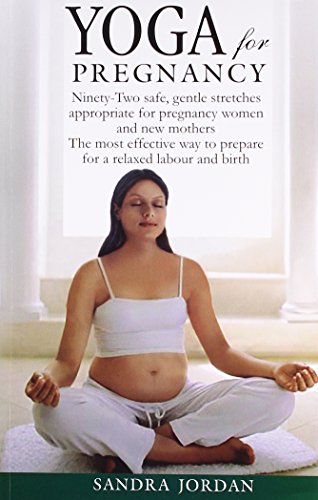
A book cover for Yoga for Pregnancy; Sandra Jordan; Health, Fitness & Dieting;